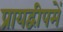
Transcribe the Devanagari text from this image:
प्रायद्वीपमें